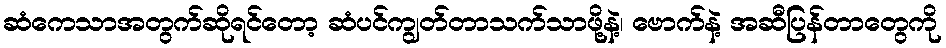
ဆံကေသာအတွက်ဆိုရင်တော့ ဆံပင်ကျွတ်တာသက်သာဖို့နဲ့၊ ဗောက်နဲ့ အဆီပြန်တာတွေကို